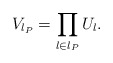
\begin{align*}V_{l_P} = \prod_{l \in l_P} U_l. \end{align*}